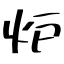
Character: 炉